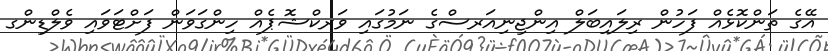
އޭގެ ތަންކޮޅެއް ފަހުން ރިލައިބަލް އިންޖިނިއަރސްގެ ނަމުގައި ވަރކްޝޮޕެއް ހިންގަވަން ފަށްޓަވައި ވެލްޑިންގ